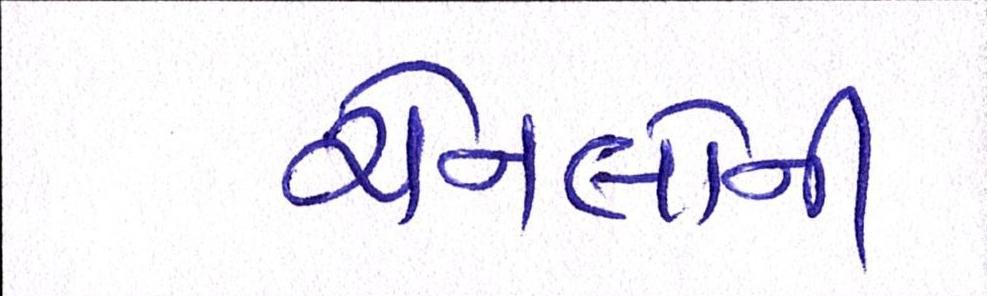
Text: ચેનલોની